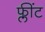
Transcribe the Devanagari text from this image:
फ्लींट